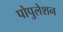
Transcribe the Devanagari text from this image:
पोपुलेशन